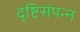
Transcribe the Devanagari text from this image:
दृष्टिसंपन्न